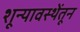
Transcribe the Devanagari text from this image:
शून्यावस्थेंतून